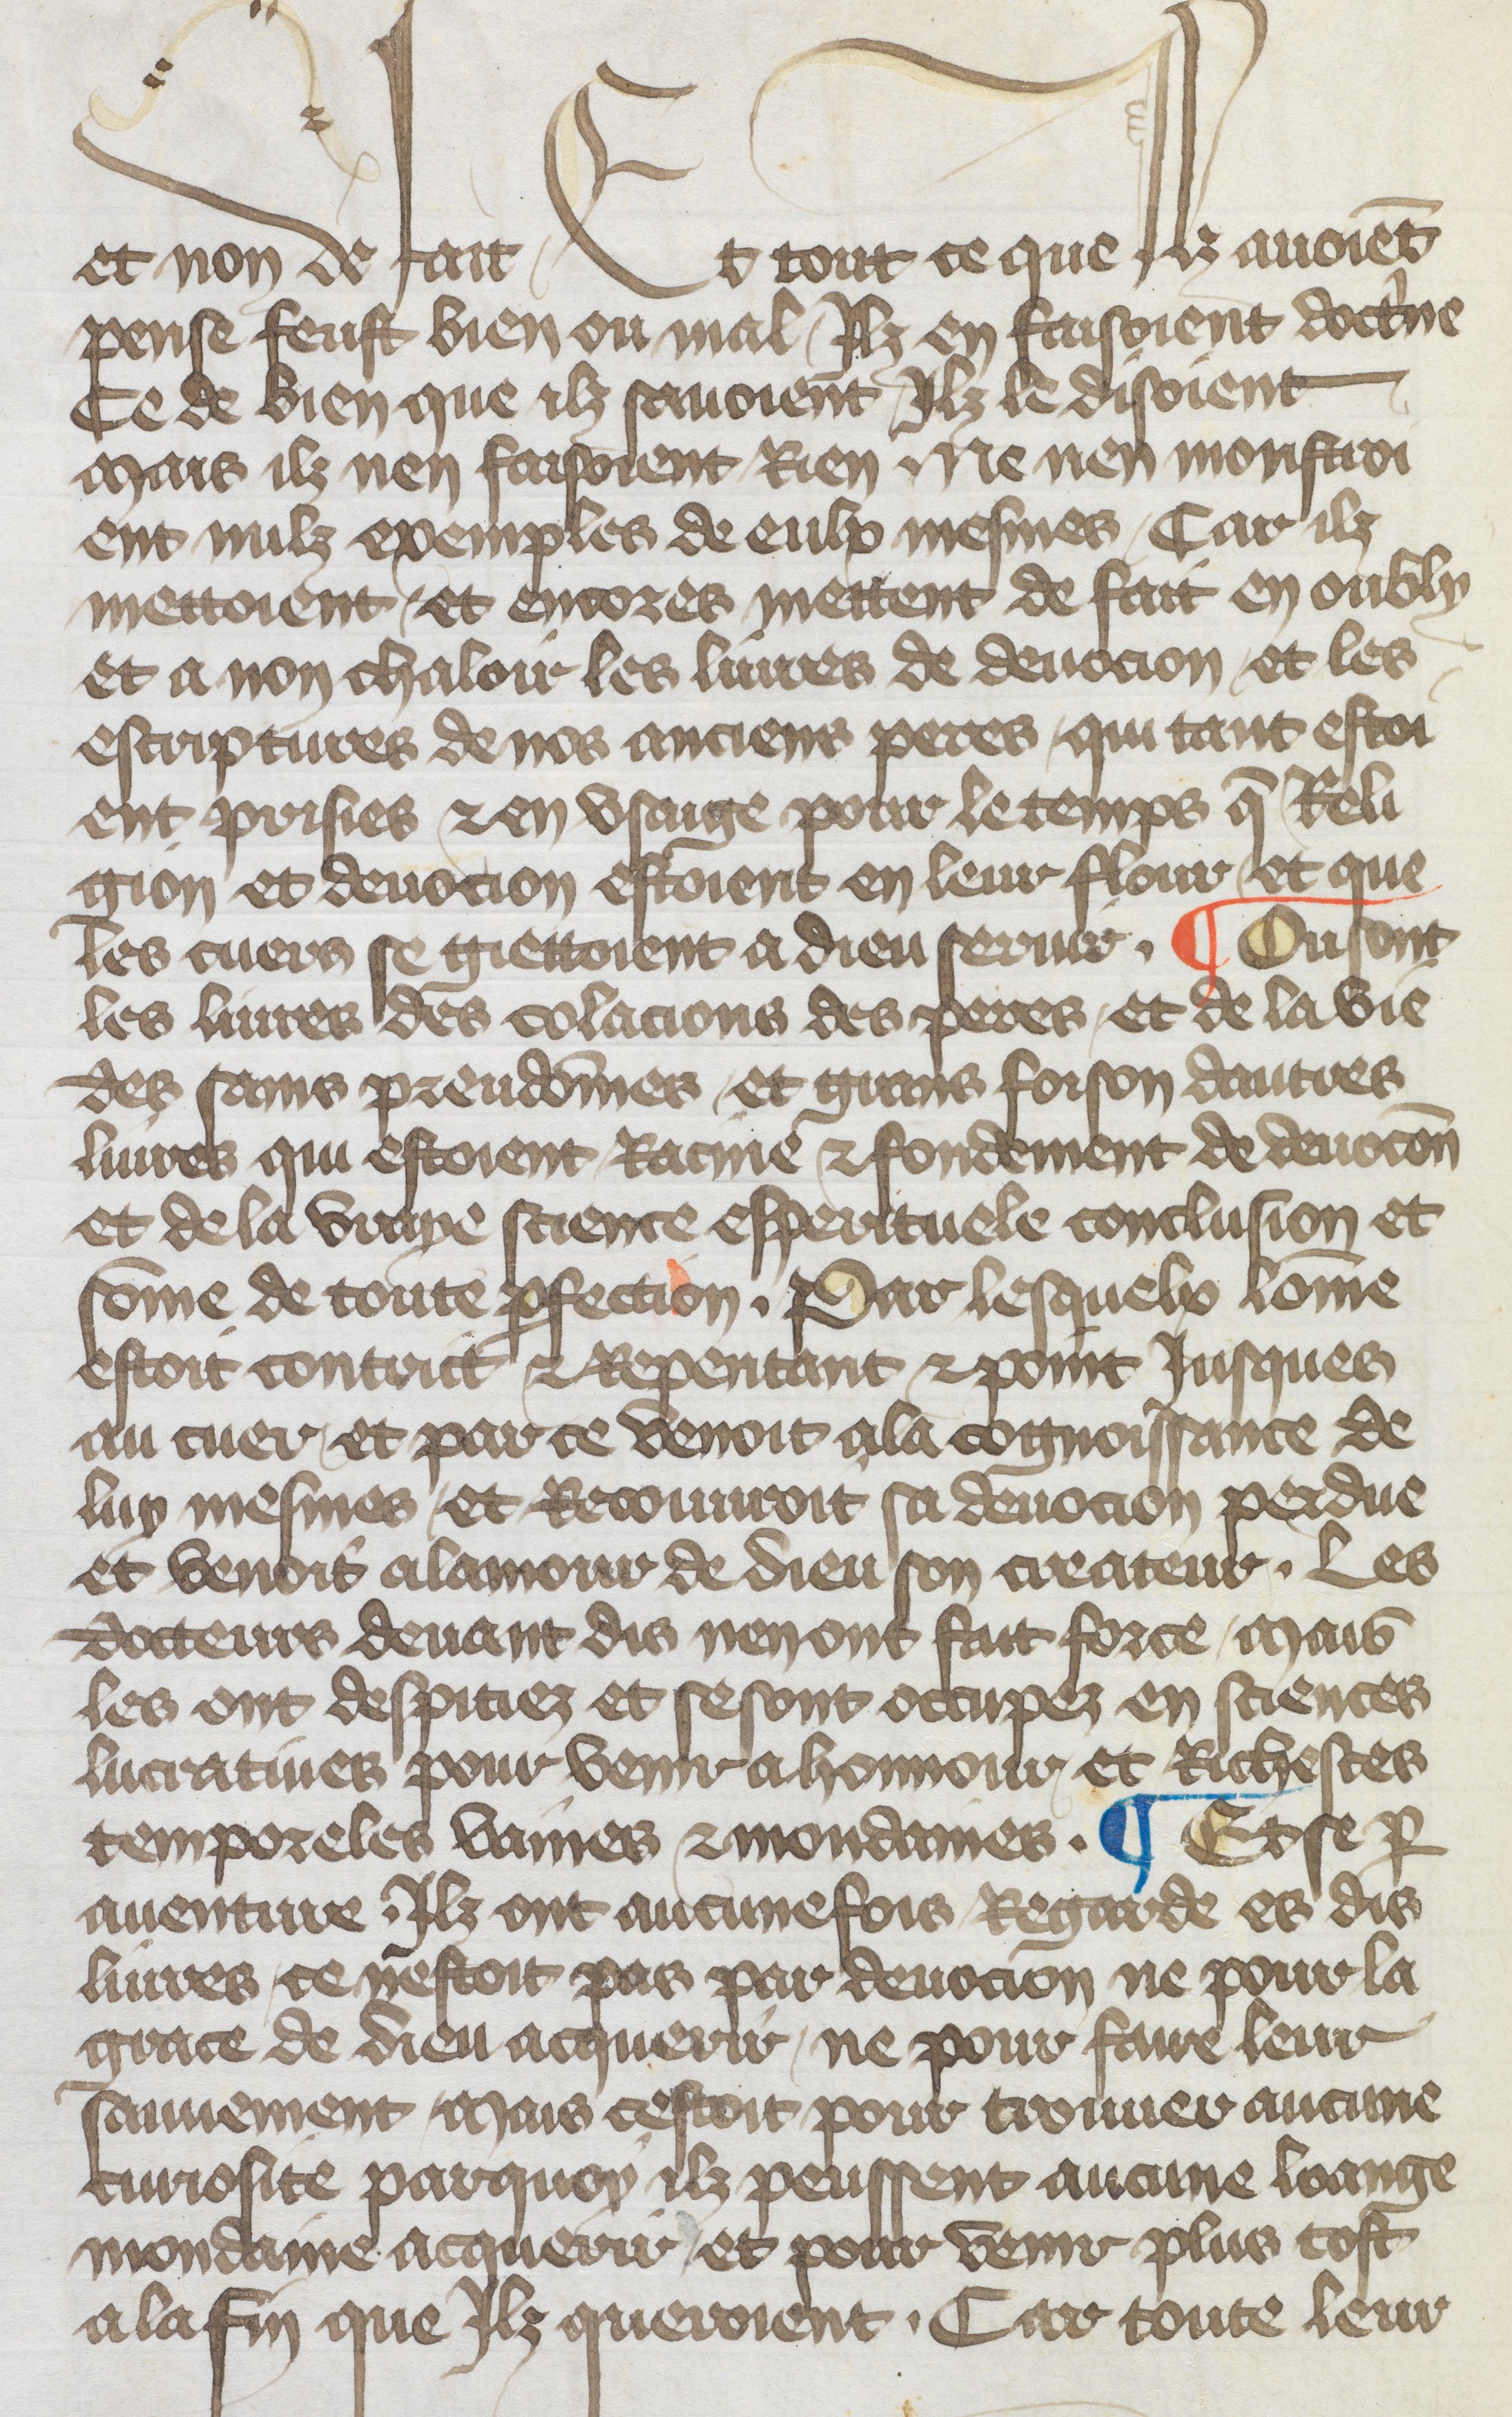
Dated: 1417–1417